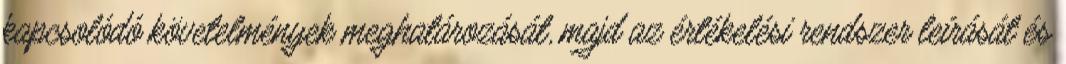
kapcsolódó követelmények meghatározását, majd az értékelési rendszer leírását és